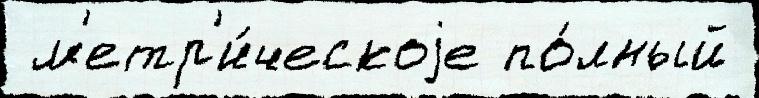
 м'етр'и́ческоjе по́лный